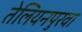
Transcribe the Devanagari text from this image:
तेलियनपुरवा